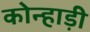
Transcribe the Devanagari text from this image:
कोन्हाड़ी